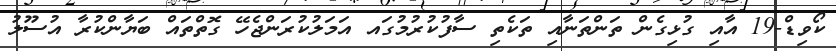
ކޯވިޑް-19 އާއި ގުޅިގެން ތަންތަނާއި ތަކެތި ސާފުކުރުމުގައ އަމަލުކުރަންޖެހޭ ގޮތްތައް ބަޔާންކުރާ އުސޫލު